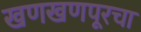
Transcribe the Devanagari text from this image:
खणखणपूरचा